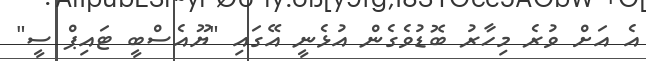
އެ އަށް ވުރެ މިހާރު ބޮޑުވެގެން އުޅެނީ އޭގައި "ޔޫއެސްބީ ޓައިޕް ސީ"